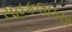
સહકલાકાર